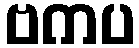
ဗကပ